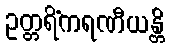
ဥတ္တရိံကရဏီယန္တိ